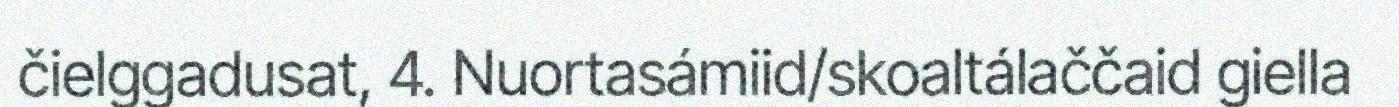
čielggadusat, 4. Nuortasámiid/skoaltálaččaid giella